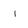
Character: l